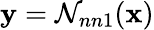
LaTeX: \mathbf{y}={\mathcal{N}_{nn1}}(\mathbf{x})